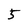
Character: 5